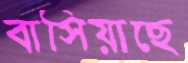
বাসিয়াছে